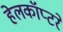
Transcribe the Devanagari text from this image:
हेलकॉप्टरे